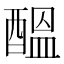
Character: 醞